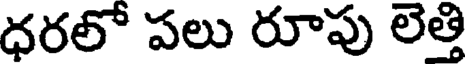
ధరలో పలు రూపు లెత్తి